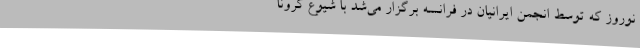
نوروز که توسط انجمن ایرانیان در فرانسه برگزار می‌شد با شیوع کرونا